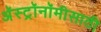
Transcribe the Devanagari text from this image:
अॅस्ट्रॉनॉमीसाठी